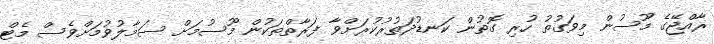
ރާއްޖޭގެ މޫސުން މިވަގުތު ހުރި ގޮތުން ކަނޑުދަތުރުކުރަށްވާ ފަރާތްތަކުން މޫސުމަށް ސަމާލުވުމަށްވެސް މެޓް